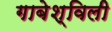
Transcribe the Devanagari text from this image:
गाबेश्विली